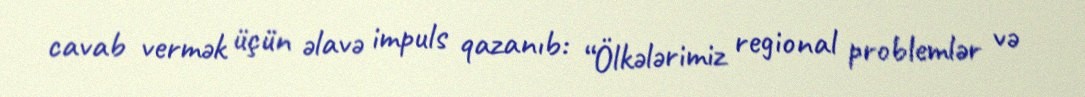
cavab vermək üçün əlavə impuls qazanıb: “Ölkələrimiz regional problemlər və